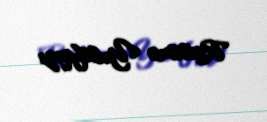
Rasimə Yusifqızı